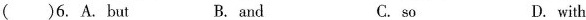
( )6. A. But B. and C. so D. with